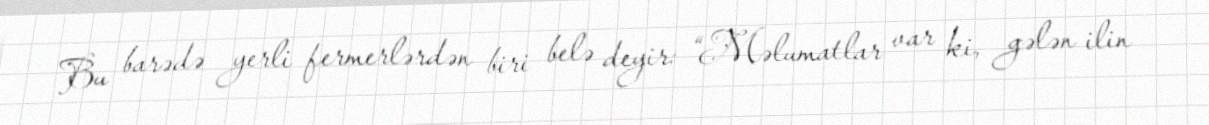
Bu barədə yerli fermerlərdən biri belə deyir: “Məlumatlar var ki, gələn ilin